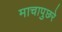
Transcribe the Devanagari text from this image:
माचापुछरे